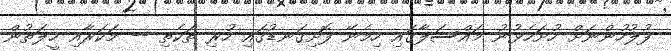
ފުލުހުންނަށް ހުށަހެޅުނު މައްސަލާގައި ހިމެނޭ ފޮށިގަނޑުގައި ހުރި ތަކެތި -- މަކަރާއި ހީލަތުން